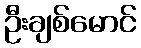
ဦးချစ်မောင်